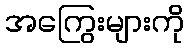
အကြွေးများကို